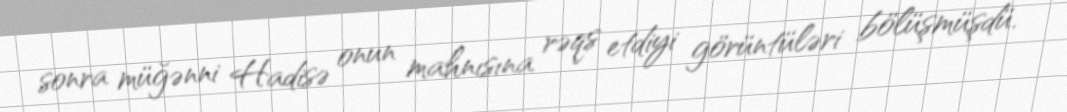
sonra müğənni Hadisə onun mahnısına rəqs etdiyi görüntüləri bölüşmüşdü.